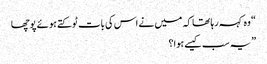
“ وہ کہہ رہا تھا کہ میں نے اس کی بات ٹوکتے ہوئے پوچھا
” یہ سب کیسے ہوا؟